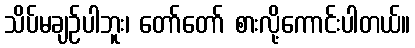
သိပ်မချဉ်ပါဘူး၊ တော်တော် စားလို့ကောင်းပါတယ်။